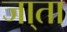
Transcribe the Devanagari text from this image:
जा्ता